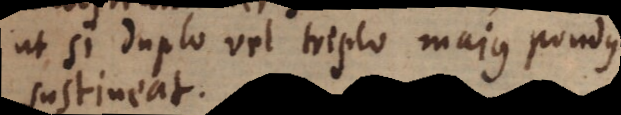
ut si duplo vel triplo majus pondus